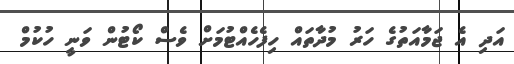
އަދި އެ ޖަމާއަތުގެ ހަރު މުދާތައް ހިފެހެއްޓުމަށް ވެސް ކޯޓުން ވަނީ ހުކުމް